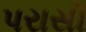
પરાસી